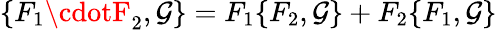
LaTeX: \{ F_{1}\cdotF_{2},\mathcal{G}\} =F_{1}\{ F_{2},\mathcal{G}\} +F_{2}\{ F_{1},\mathcal{G}\}